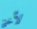
لأختي